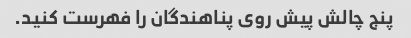
پنج چالش پیش روی پناهندگان را فهرست کنید.